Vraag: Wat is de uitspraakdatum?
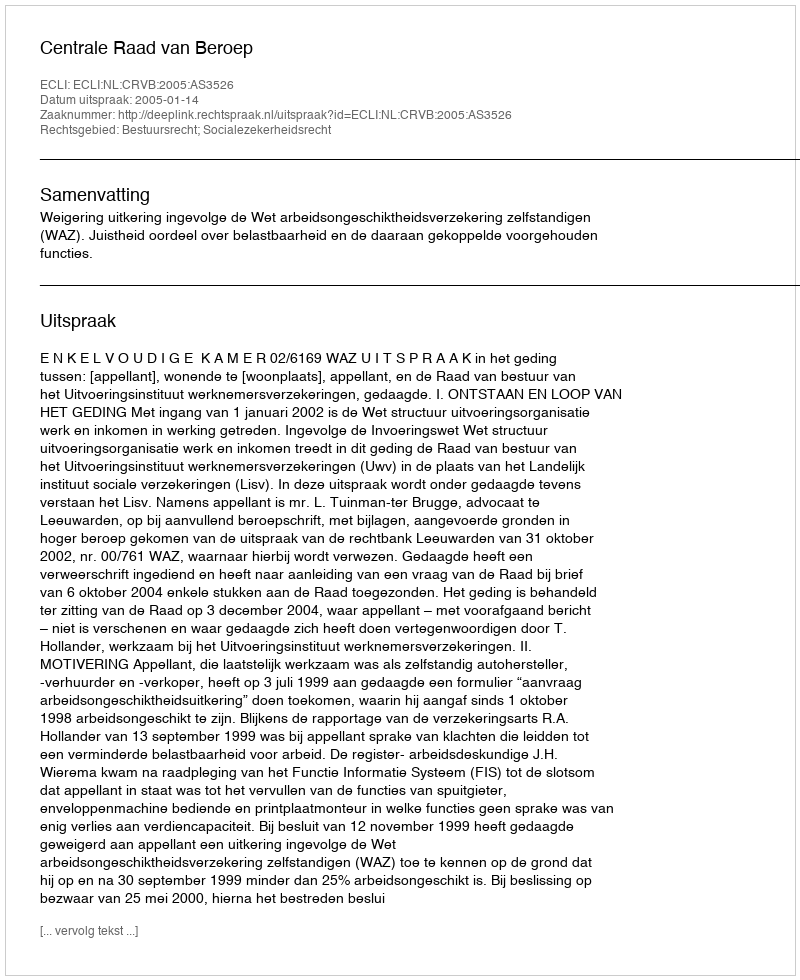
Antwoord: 2005-01-14